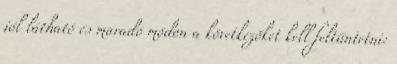
jól látható és maradó módon a következõket kell feltüntetni: